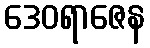
ဒေဝရာဇေန